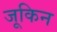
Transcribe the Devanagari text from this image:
जूकिन